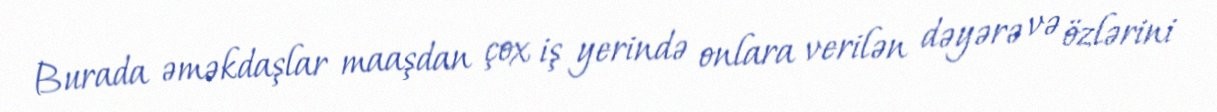
Burada əməkdaşlar maaşdan çox iş yerində onlara verilən dəyərə və özlərini